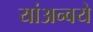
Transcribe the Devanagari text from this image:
यांअन्वये